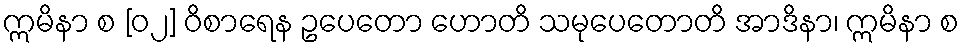
ဣမိနာ စ [၀၂] ဝိစာရေန ဥပေတော ဟောတိ သမုပေတောတိ အာဒိနာ၊ ဣမိနာ စ